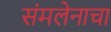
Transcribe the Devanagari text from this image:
संमलेनाचा